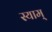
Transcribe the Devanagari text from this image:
स्याम्‌